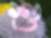
শু